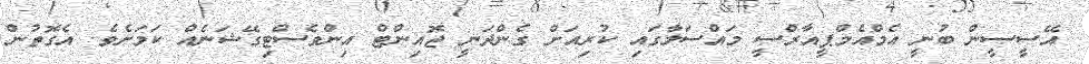
އޭސީސީން ބުނީ އެމްއެމްޕީއާރްސީ މައްސަލާގައި ކުރިއަށް ގެންދަނީ ޖޮއިންޓް އިންވެސްޓިގޭޝަނެއް ކަމަށެވެ. އެގޮތުން